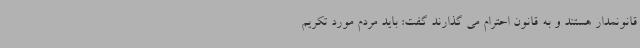
قانونمدار هستند و به قانون احترام می گذارند گفت: باید مردم مورد تکریم